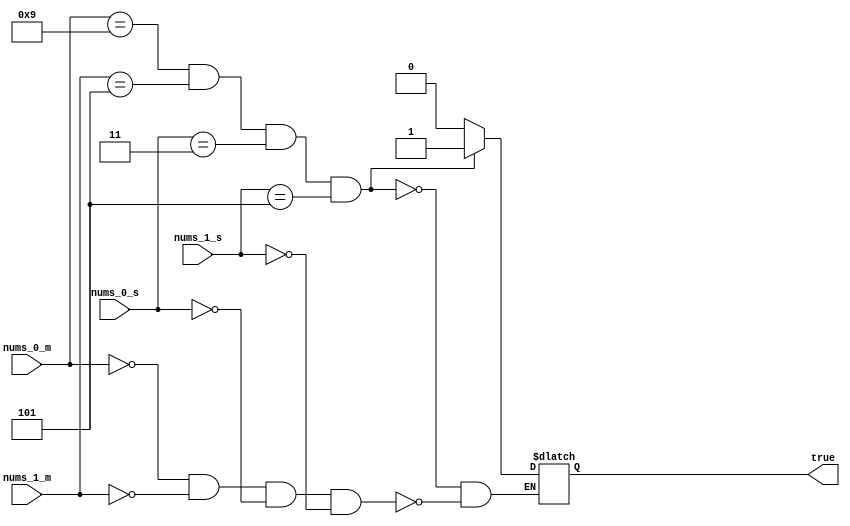
module time_true (
    input [3:0] nums_0_m,
    input [2:0] nums_1_m,
    input [3:0] nums_0_s,
    input [2:0] nums_1_s,
    output reg true
);

initial begin
    true <= 0;
end
always @( * ) begin
    if (nums_0_m == 9 && nums_1_m == 5 && nums_0_s == 3 && nums_1_s == 5) begin
        true <= 1;     
    end
    else if(nums_0_m == 0 && nums_1_m == 0 && nums_0_s == 0 && nums_1_s == 0) begin
        true <= 0;
    end


end

endmodule //time_true